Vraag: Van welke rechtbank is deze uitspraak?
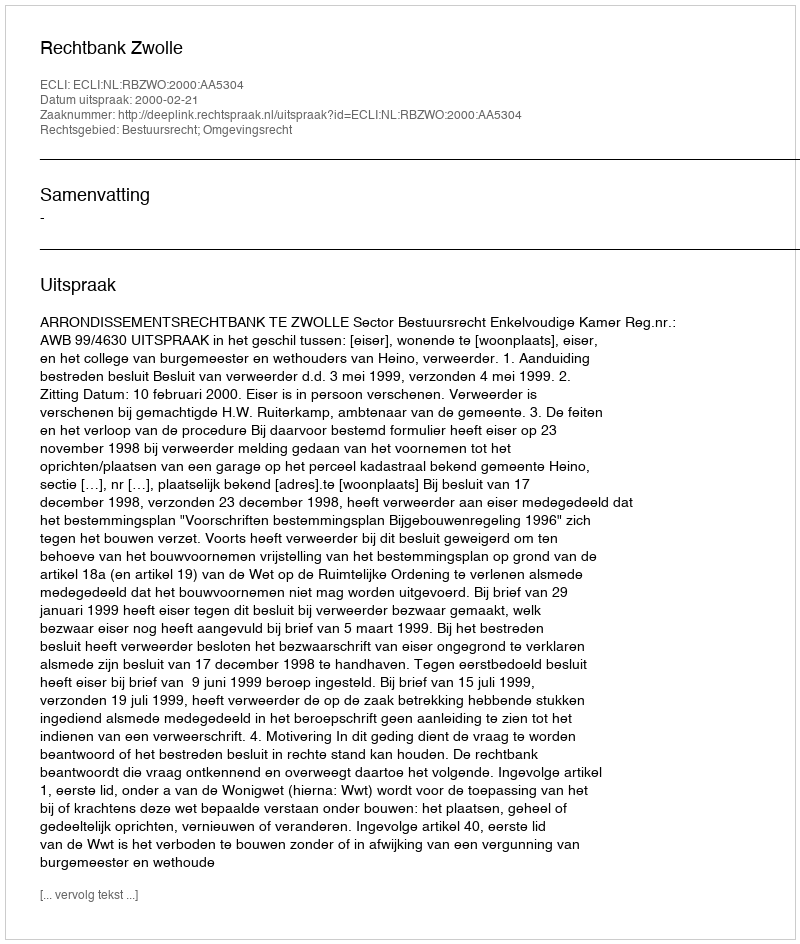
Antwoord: Rechtbank Zwolle